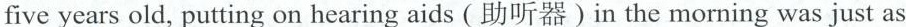
five years old, putting on hearing aids (助听器〕in the morning was just as